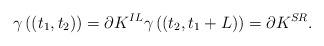
LaTeX: \begin{align*}\gamma \left( \left( t_1,t_2 \right) \right)= \partial K^{IL}\gamma \left( \left( t_2,t_1+L \right) \right)= \partial K^{SR}.\end{align*}